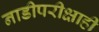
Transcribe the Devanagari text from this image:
नाडीपरीक्षाही